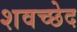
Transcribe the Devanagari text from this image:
शवच्छेद